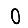
Digit: 0